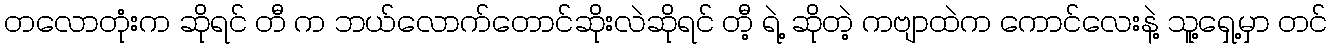
တလောတုံးက ဆိုရင် တီ က ဘယ်လောက်တောင်ဆိုးလဲဆိုရင် တီ့ ရဲ့ ဆိုတဲ့ ကဗျာထဲက ကောင်လေးနဲ့ သူ့ရှေ့မှာ တင်